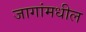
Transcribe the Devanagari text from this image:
जागांमधील